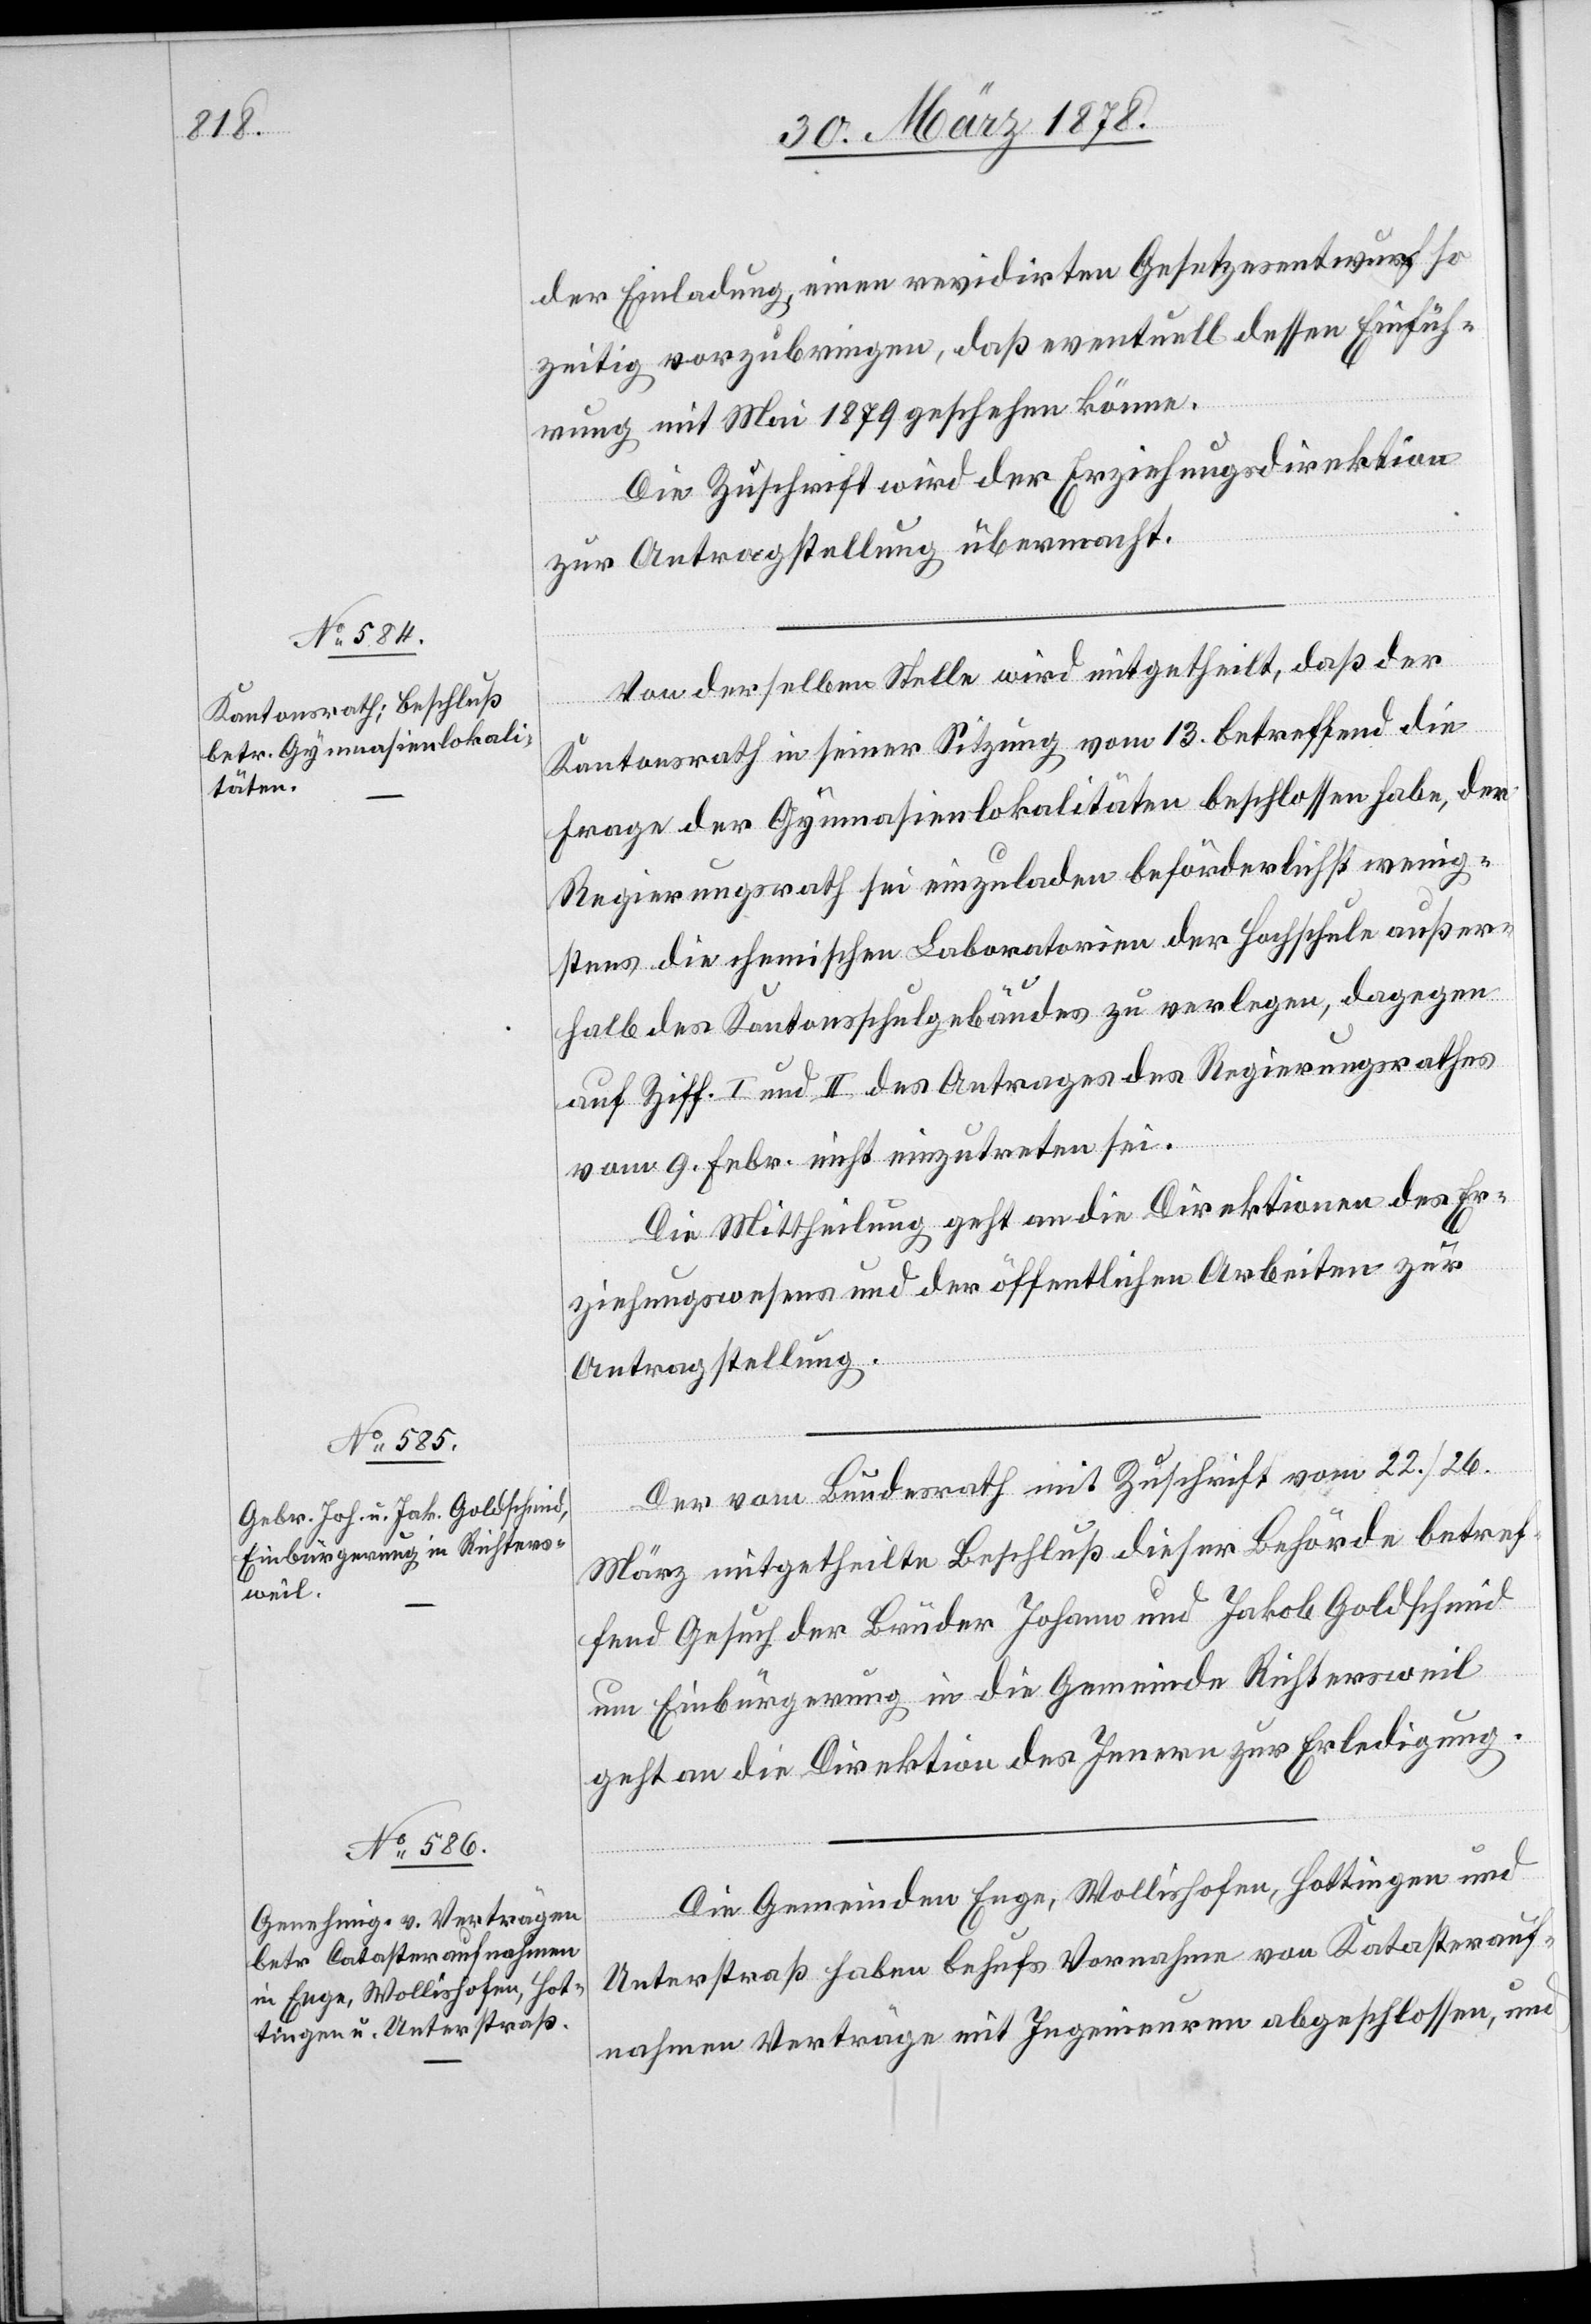
der Einladung, einen revidirten Gesetzesentwurf so
zeitig vorzubringen, daß eventuell dessen Einfüh¬
rung mit Mai 1879 geschehen könne.
Die Zuschrift wird der Erziehungsdirektion
zur Antragstellung übermacht.
Von derselben Stelle wird mitgetheilt, daß der
Kantonsrath in seiner Sitzung vom 13. betreffend die
Frage der Gymnasienlokalitäten beschlossen habe, der
Regierungsrath sei einzuladen beförderlichst wenig¬
stens die chemischen Laboratorien der Hochschule außer¬
halb des Kantonsschulgebäudes zu verlegen, dagegen
auf Ziff. I und II. des Antrages des Regierungsrathes
vom 9. Febr. nicht einzutreten sei.
Die Mittheilung geht an die Direktionen des Er¬
ziehungswesens und der öffentlichen Arbeiten zur
Antragsstellung.
Der vom Bundesrath mit Zuschrift vom 22./26.
März mitgetheilte Beschluß dieser Behörde betref¬
fend Gesuch der Brüder Johann und Jakob Goldschmid
um Einbürgerung in die Gemeinde Richtersweil
geht an die Direktion des Innern zur Erledigung.
Die Gemeinden Enge, Wollishofen, Hottingen und
Unterstraß haben behufs Vornahme von Katasterauf¬
nahmen Verträge mit Ingenieuren abgeschlossen, und